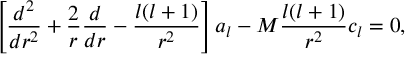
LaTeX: \left[ { \frac { d ^ { 2 } } { d r ^ { 2 } } } + { \frac { 2 } { r } } { \frac { d } { d r } } - { \frac { l ( l + 1 ) } { r ^ { 2 } } } \right] a _ { l } - M { \frac { l ( l + 1 ) } { r ^ { 2 } } } c _ { l } = 0 ,